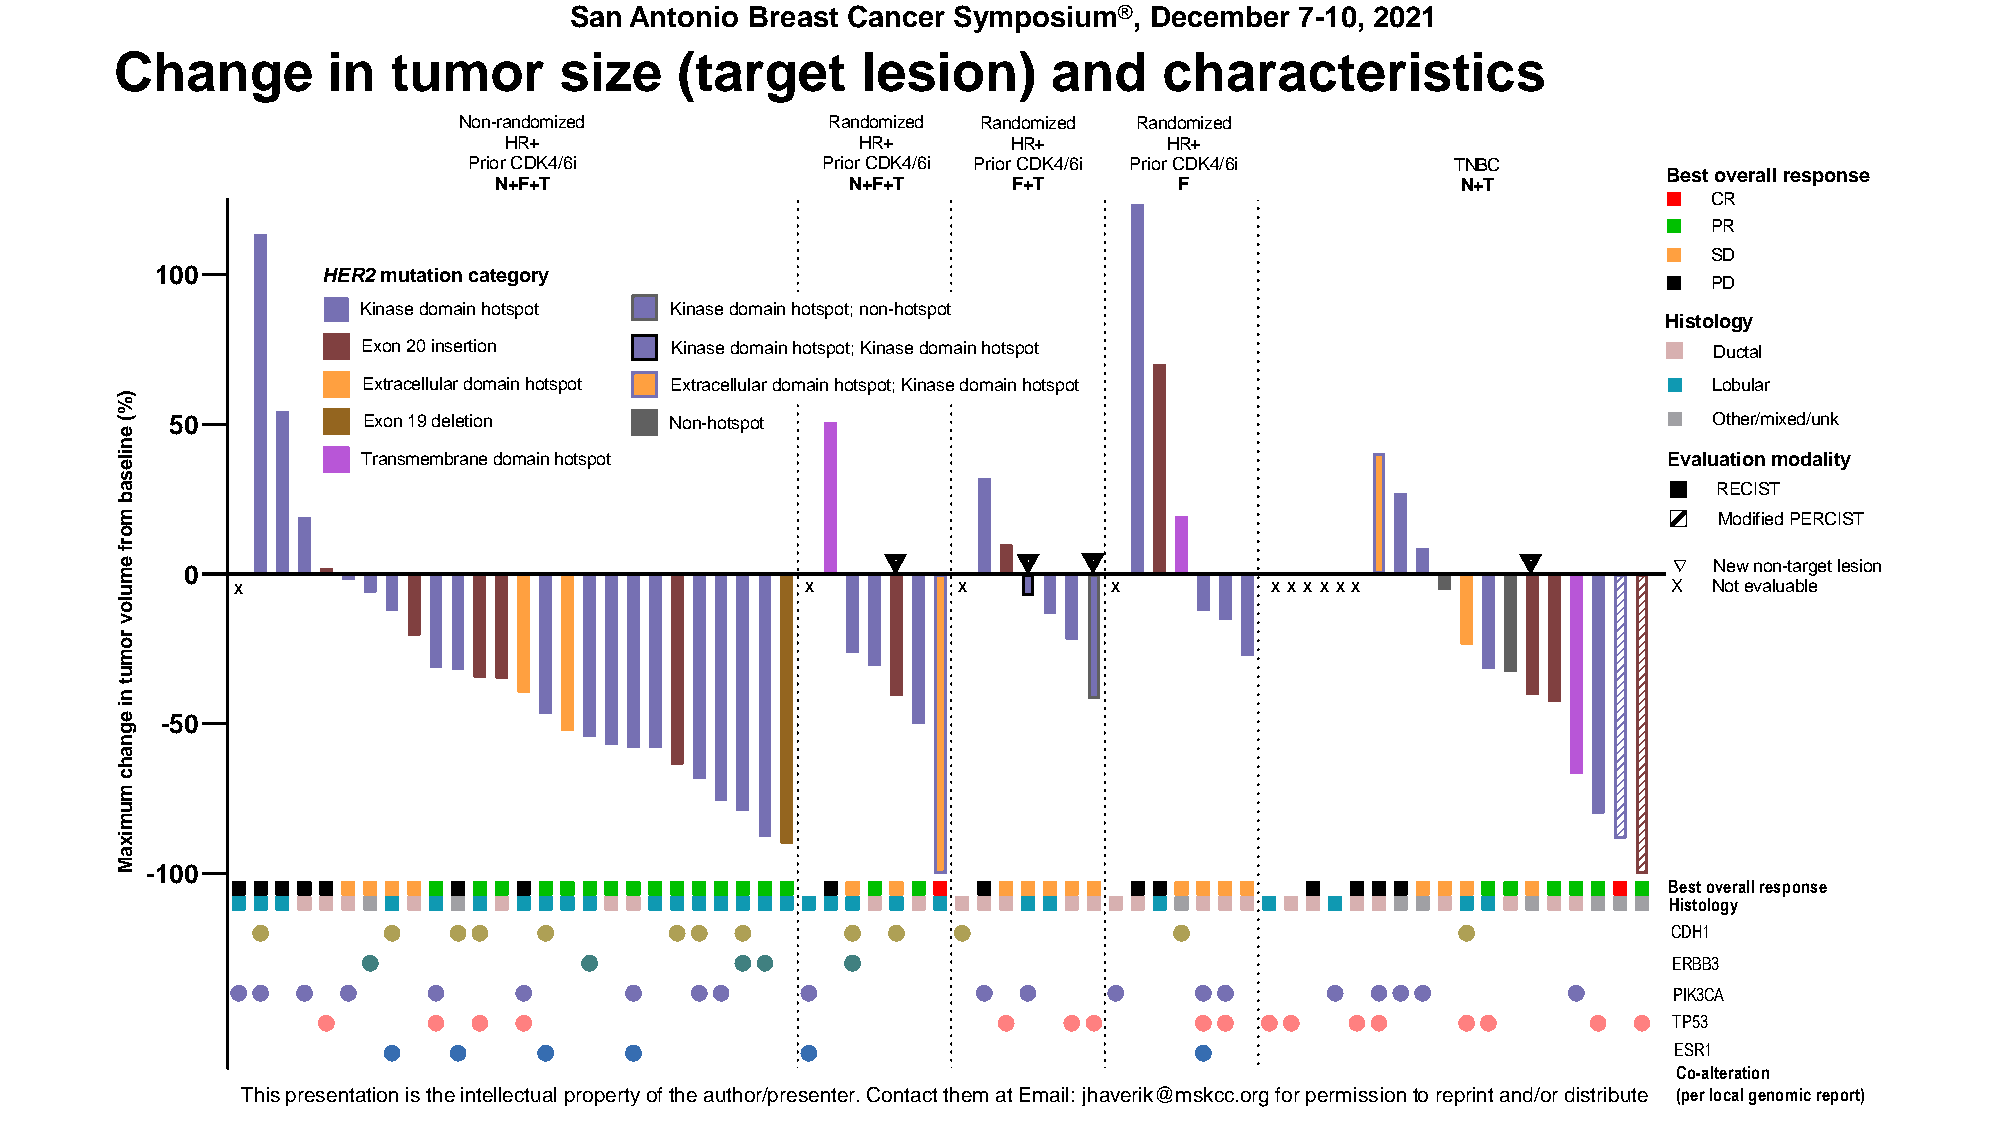
San Antonio Breast Cancer Symposium®, December  7-10, 2021
 Change        in  tumor      size    (target     lesion)      and    characteristics
 Non-randomized           Randomized Randomized Randomized
 HR+                     HR+       HR+       HR+
 Prior CDK4/6i          Prior CDK4/6i Prior CDK4/6i Prior CDK4/6i TNBC
 Best overall response
 N+F+T                  N+F+T      F+T        F                  N+T
 CR
 PR
 SD
 100        HER2mutation category
 PD
 Kinase domain hotspot Kinase domain hotspot; non-hotspot
 Histology
 Exon 20 insertion   Kinase domain hotspot; Kinase domain hotspot                         Ductal
 Extracellular domain hotspot Extracellular domain hotspot; Kinase domain hotspot         Lobular
 )%
 (
 e
 50           Exon 19 deletion    Non-hotspot                                                          Other/mixed/unk
 n
 ile             Transmembrane domain hotspot                                                          Evaluation modality
 s
 a                                                                                                         RECIST
 b
 m                                                                                                         Modified PERCIST
 o
 r
 f
 e m 0                                              ∇       ∇    ∇                            ∇         ∇ New non-target lesion
 u      X                                     X         X          X         X X X X X X                X Not evaluable
 lo
 v
 r
 o
 m
 u
 t
 n
 i
 e  -50
 g
 n
 a
 h
 c
 m
 u
 m
 ix
 a
 M -100
 Best overall response
 Histology
 CDH1
 ERBB3
 PIK3CA
 TP53
 ESR1
 Co-alteration
 This preTsheisn tparteisoenn itsa ttiohne isin ttheell einctteullaelc tpuraol pperortpye rotyf tohf eth aeu atuhtohro/rp/prreesseenntteerr.. CCoonnttaacct tt htehmem a t aEtm XaXil:X jhXaXvXeXriXk@XXmXsXkXcXc@.orXgX fXorX pXeXrXm.iEsDsiUonftoor rpeperrimnti sasnido/no rt doi srteripbruintet an(pde/r olorc adl igsetnroibmuict ree.port)